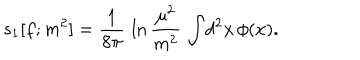
s _ { 1 } [ f ; m ^ { 2 } ] = { \frac { 1 } { 8 \pi } } \, \ln { \frac { \mu ^ { 2 } } { m ^ { 2 } } } \, \int \! d ^ { 2 } x \, \phi ( x ) .